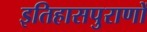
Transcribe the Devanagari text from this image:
इतिहासपुराणों